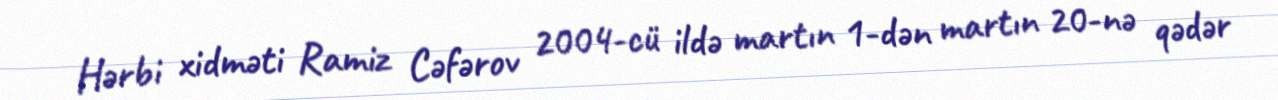
Hərbi xidməti Ramiz Cəfərov 2004-cü ildə martın 1-dən martın 20-nə qədər